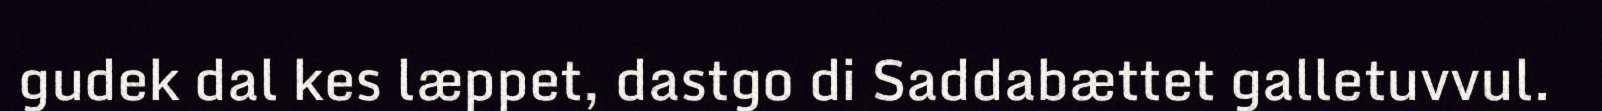
gudek dal kes læppet, dastgo di Saddabættet galletuvvul.